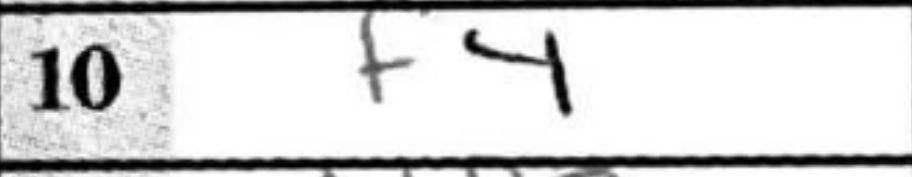
Transcription: f4